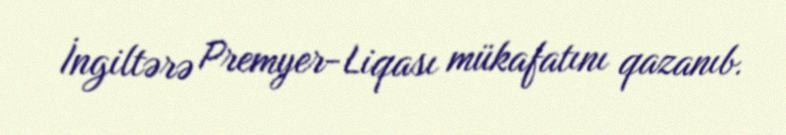
İngiltərə Premyer-Liqası mükafatını qazanıb.